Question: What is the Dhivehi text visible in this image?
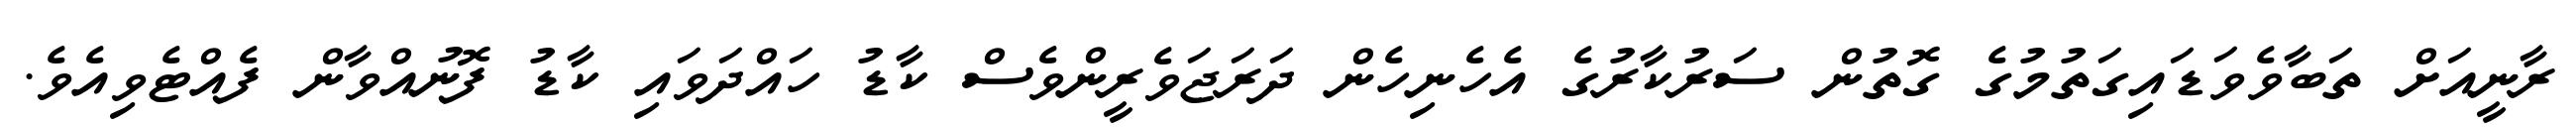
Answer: ރާނީއަށް ތަބާވެވަޑައިގަތުމުގެ ގޮތުން ސަރުކާރުގެ އެހެނިހެން ދަރަޖަވެރީންވެސް ކާޑު ހައްދަވައި ކާޑު ފޮނުއްވާން ފެއްޓެވިއެވެ.